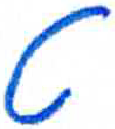
אות: ט